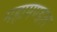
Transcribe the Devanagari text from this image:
महामण्‍डल